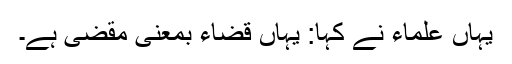
یہاں علماء نے کہا: یہاں قضاء بمعنیٰ مَقضِی ہے۔